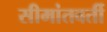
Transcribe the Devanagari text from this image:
सीमांतवर्ती